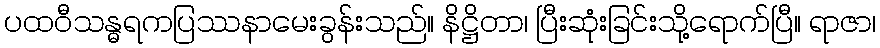
ပထဝီသန္ဓရကပြဿနာမေးခွန်းသည်။ နိဋ္ဌိတာ၊ ပြီးဆုံးခြင်းသို့ရောက်ပြီ။ ရာဇာ၊